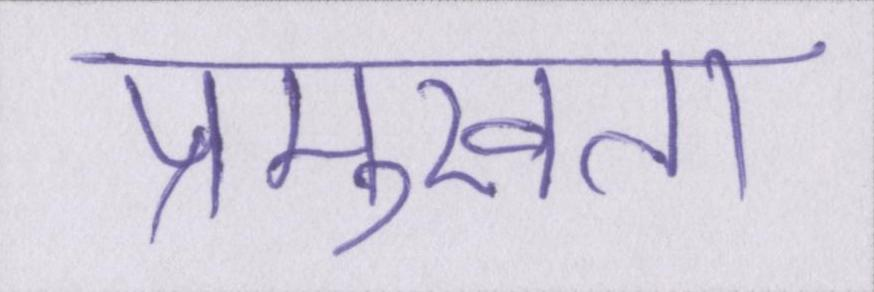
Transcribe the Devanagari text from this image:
प्रमुखता